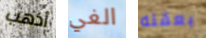
أذهب الغي بعقله